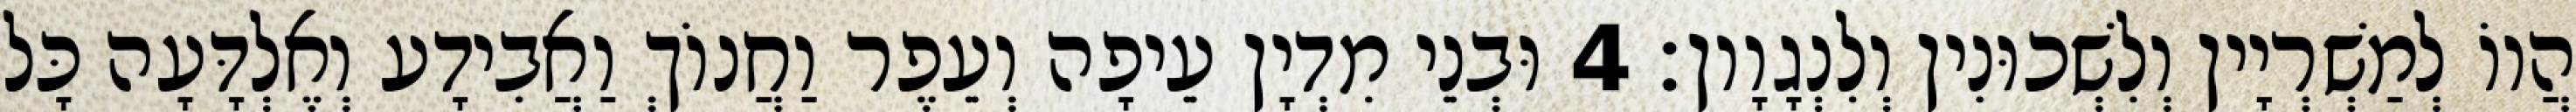
הֲווֹ לְמַשְׁרְיָין וְלִשְׁכוּנִין וְלִנְגָוָון׃ 4 וּבְנֵי מִדְיָן עֵיפָה וְעֵפֶר וַחֲנוֹךְ וַאֲבִידָע וְאֶלְדָּעָה כָּל